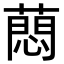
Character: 蕄